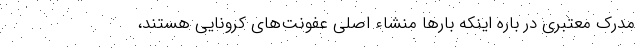
مدرک معتبری در باره اینکه بارها منشاء اصلی عفونت‌های کرونایی هستند،